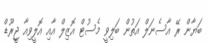
ބަޔާން ރޭ އާސެނަލް އަތުން ބަލިވީ މެސުޓް އޮޒިލް އާއި އޮލީވިއާ ޖީރޫޑް